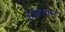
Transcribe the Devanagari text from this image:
हांककर